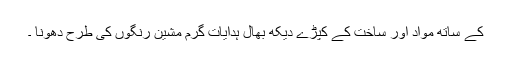
کے ساتھ مواد اور ساخت کے کپڑے دیکھ بھال ہدایات گرم مشین رنگوں کی طرح دھونا ۔